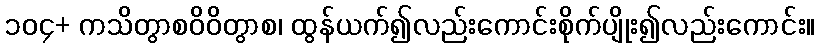
၁၀၄+ ကသိတွာစဝိဝိတွာစ၊ ထွန်ယက်၍လည်းကောင်းစိုက်ပျိုး၍လည်းကောင်း။